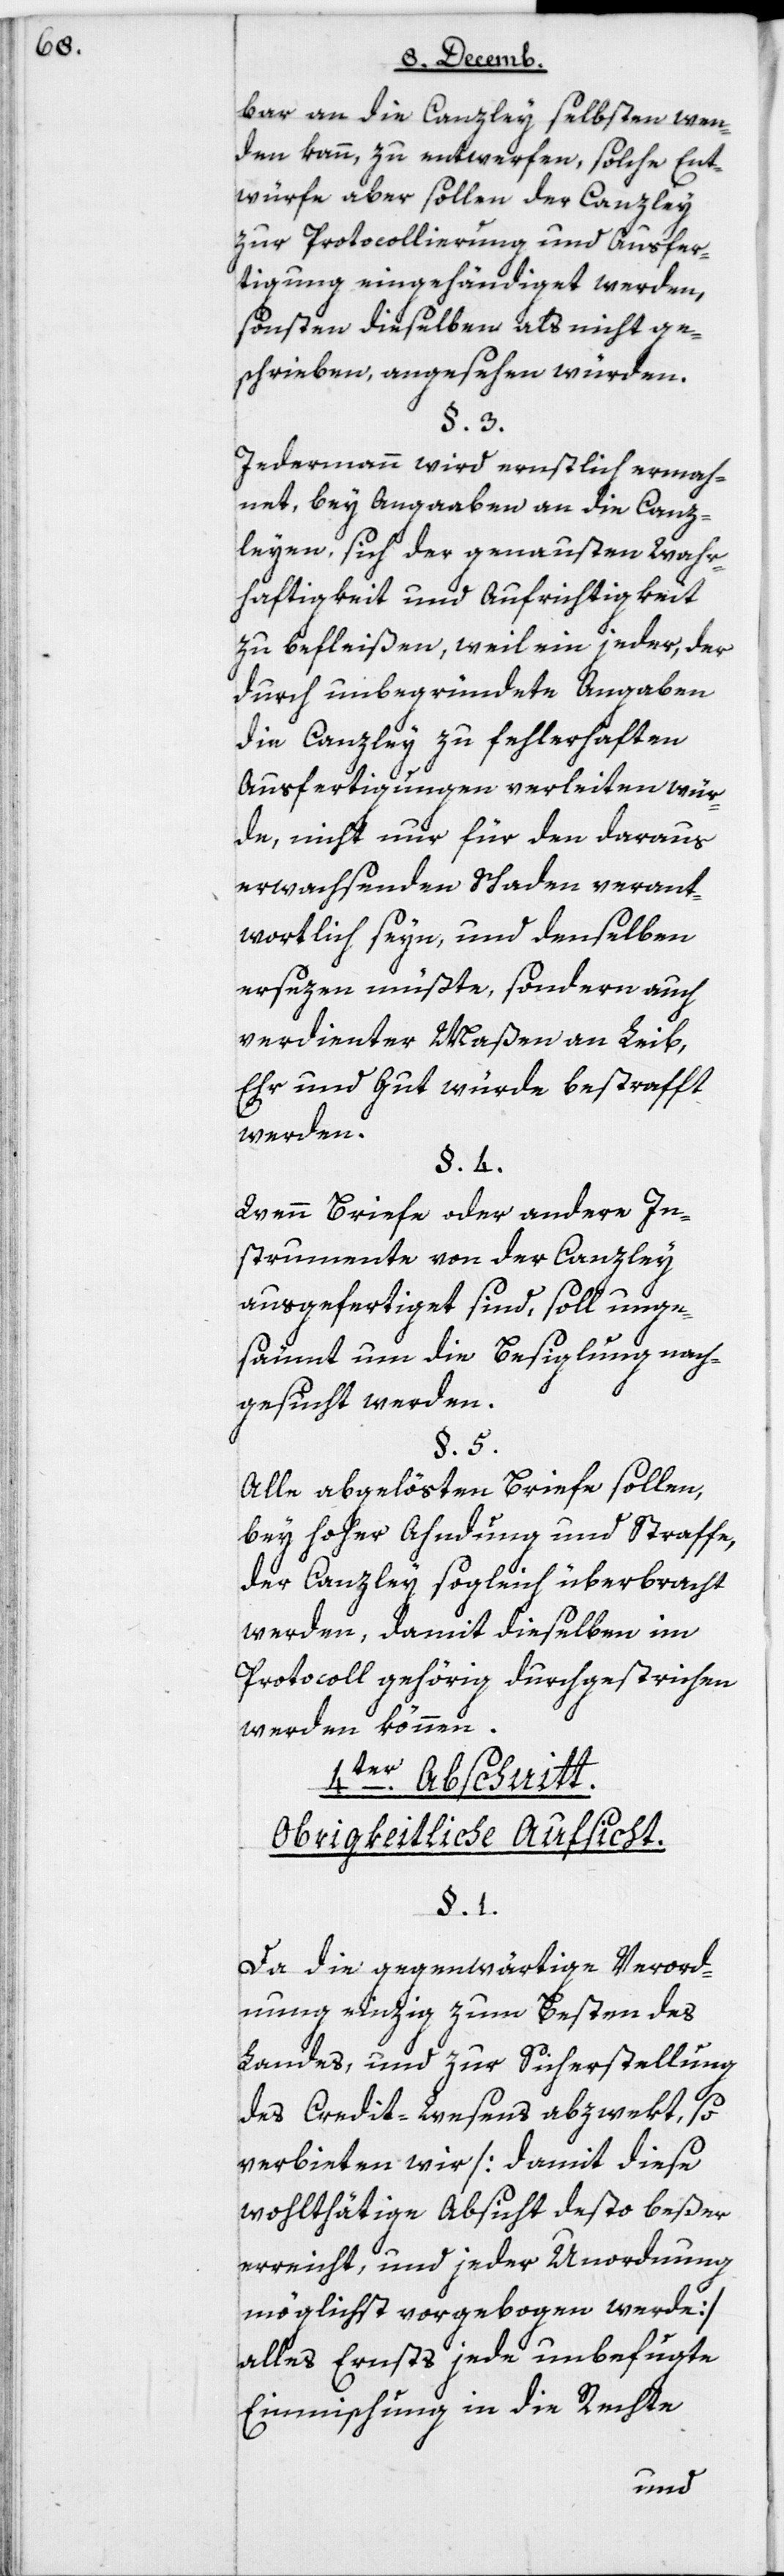
bar an die Canzley selbsten wen¬
den kann, zu entwerfen, solche Ent¬
würfe aber sollen der Canzley
zur Protocollierung und Ausfer¬
tigung eingehändigt werden,
sonsten dieselben als nicht ge¬
schrieben, angesehen würden.
§ 3.
Jedermann wird ernstlich ermah¬
net, bey Angaaben an die Canz¬
leyen, sich der genauesten Wahr¬
haftigkeit und Aufrichtigkeit
zu befleißen, weil ein jeder, der
durch unbegründete Angaaben
die Canzley zu fehlerhaften
Ausfertigungen verleiten wür¬
de, nicht nur für den daraus
erwachsenden Schaden verant¬
wortlich seyn, und denselben
ersezen müßte, sondern auch
verdienter Maßen an Leib,
Ehr und Gut würde bestrafft
werden.
§ 4.
Wenn Briefe oder andere In¬
strumente von der Canzley
ausgefertiget sind, soll unge¬
säumt um die Besiglung nach¬
gesucht werden.
§ 5.
Alle abgelösten Briefe sollen,
bey hoher Ahndung und Straffe,
der Canzley sogleich überbracht
werden, damit dieselben im
Protocoll gehörig durchgestrichen
werden können.
4ter Abschnitt.
Obrigkeitliche Aufsicht.
§ 1.
Da die gegenwärtige Verord¬
nung einzig zum Beßten des
Landes, und zur Sicherstellung
des Credit-Wesens abzwekt, so
verbieten wir (damit diese
wohlthätige Absicht desto beßer
erreicht, und jeder Unordnung
möglichst vorgebogen werde)
alles Ernsts jede unbefugte
Einmischung in die Rechte